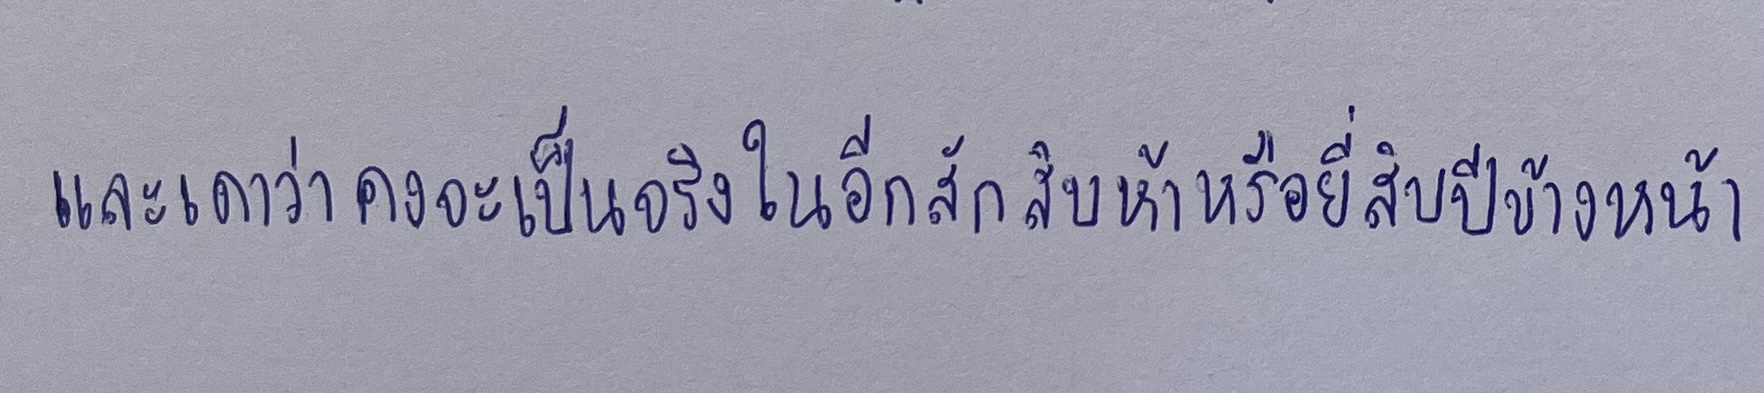
และเดาว่าคงจะเป็นจริงในอีกสักสิบห้าหรือยี่สิบปีข้างหน้า